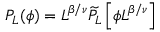
P _ { L } ( \phi ) = L ^ { \beta / \nu } \widetilde { P } _ { L } \left[ \phi L ^ { \beta / \nu } \right]